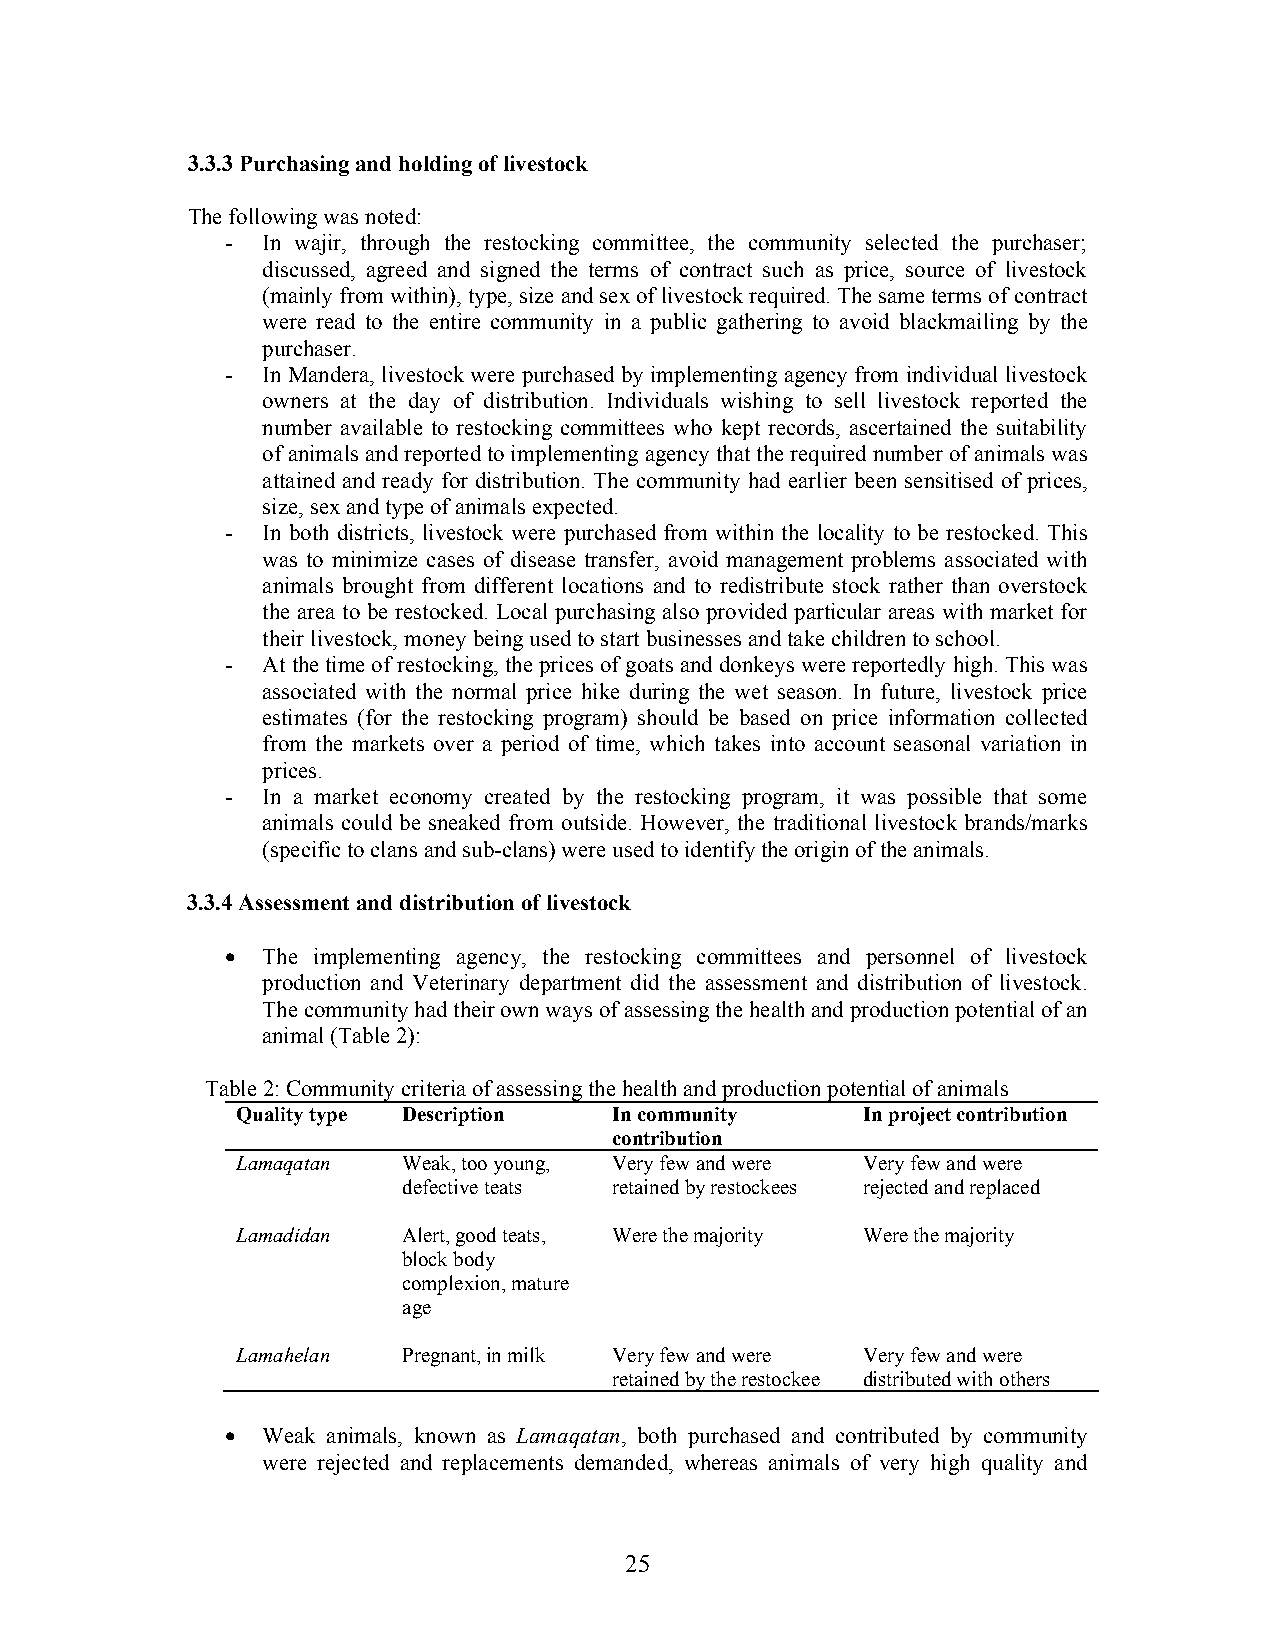
3.3.3 Purchasing and holding of livestock
 The following was noted:
 - In wajir, through the restocking committee, the community selected the purchaser;
 discussed, agreed and signed the terms of contract such as price, source of livestock
 (mainly from within), type, size and sex of livestock required. The same terms of contract
 were read to the entire community in a public gathering to avoid blackmailing by the
 purchaser.
 - In Mandera, livestock were purchased by implementing agency from individual livestock
 owners at the day of distribution. Individuals wishing to sell livestock reported the
 number available to restocking committees who kept records, ascertained the suitability
 of animals and reported to implementing agency that the required number of animals was
 attained and ready for distribution. The community had earlier been sensitised of prices,
 size, sex and type of animals expected.
 - In both districts, livestock were purchased from within the locality to be restocked. This
 was to minimize cases of disease transfer, avoid management problems associated with
 animals brought from different locations and to redistribute stock rather than overstock
 the area to be restocked. Local purchasing also provided particular areas with market for
 their livestock, money being used to start businesses and take children to school.
 - At the time of restocking, the prices of goats and donkeys were reportedly high. This was
 associated with the normal price hike during the wet season. In future, livestock price
 estimates (for the restocking program) should be based on price information collected
 from the markets over a period of time, which takes into account seasonal variation in
 prices.
 - In a market economy created by the restocking program, it was possible that some
 animals could be sneaked from outside. However, the traditional livestock brands/marks
 (specific to clans and sub-clans) were used to identify the origin of the animals.
 3.3.4 Assessment and distribution of livestock
 • The implementing agency, the restocking committees and personnel of livestock
 production and Veterinary department did the assessment and distribution of livestock.
 The community had their own ways of assessing the health and production potential of an
 animal (Table 2):
 Table 2: Community criteria of assessing the health and production potential of animals
 Quality type Description In community    In project contribution
 contribution
 Lamaqatan  Weak, too young, Very few and were Very few and were
 defective teats retained by restockees rejected and replaced
 Lamadidan  Alert, good teats, Were the majority Were the majority
 block body
 complexion, mature
 age
 Lamahelan  Pregnant, in milk Very few and were Very few and were
 retained by the restockee distributed with others
 • Weak animals, known as Lamaqatan, both purchased and contributed by community
 were rejected and replacements demanded, whereas animals of very high quality and
 25